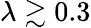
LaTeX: \lambda\gtrsim 0.3